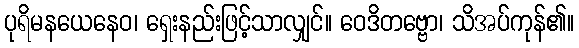
ပုရိမနယေနေဝ၊ ရှေးနည်းဖြင့်သာလျှင်။ ဝေဒိတဗ္ဗော၊ သိအပ်ကုန်၏။